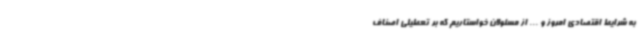
به شرایط اقتصادی امروز و ... از مسئولان خواستاریم که بر تعطیلی اصناف